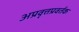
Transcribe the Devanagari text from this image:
अप्रवृत्तप्रवर्तक